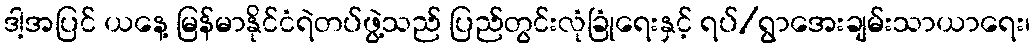
ဒါ့အပြင် ယနေ့ မြန်မာနိုင်ငံရဲတပ်ဖွဲ့သည် ပြည်တွင်းလုံခြုံရေးနှင့် ရပ်/ရွာအေးချမ်းသာယာရေး၊